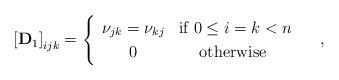
LaTeX: \begin{align*}\left[\mathbf{D}_{1}\right]_{ijk}=\begin{cases}\begin{array}{cc}\nu_{jk}=\nu_{kj} & \mbox{if }0\le i=k<n\\0 & \mbox{otherwise }\end{array}\end{cases},\end{align*}